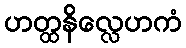
ဟတ္ထနိလ္လေဟကံ